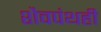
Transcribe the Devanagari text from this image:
शैवपंथही